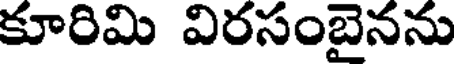
కూరిమి విరసంబైనను